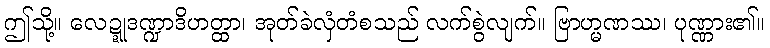
ဤသို့။ လေဍ္ဍုဒဏ္ဍာဒိဟတ္ထာ၊ အုတ်ခဲလှံတံစသည် လက်စွဲလျက်။ ဗြာဟ္မဏဿ၊ ပုဏ္ဏား၏။